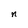
Character: n